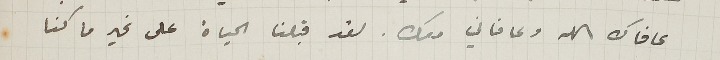
عافاك الله وعافاني معك. لقد قبلنا الحياة على غير ما كنا